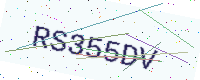
Text: RS355DV